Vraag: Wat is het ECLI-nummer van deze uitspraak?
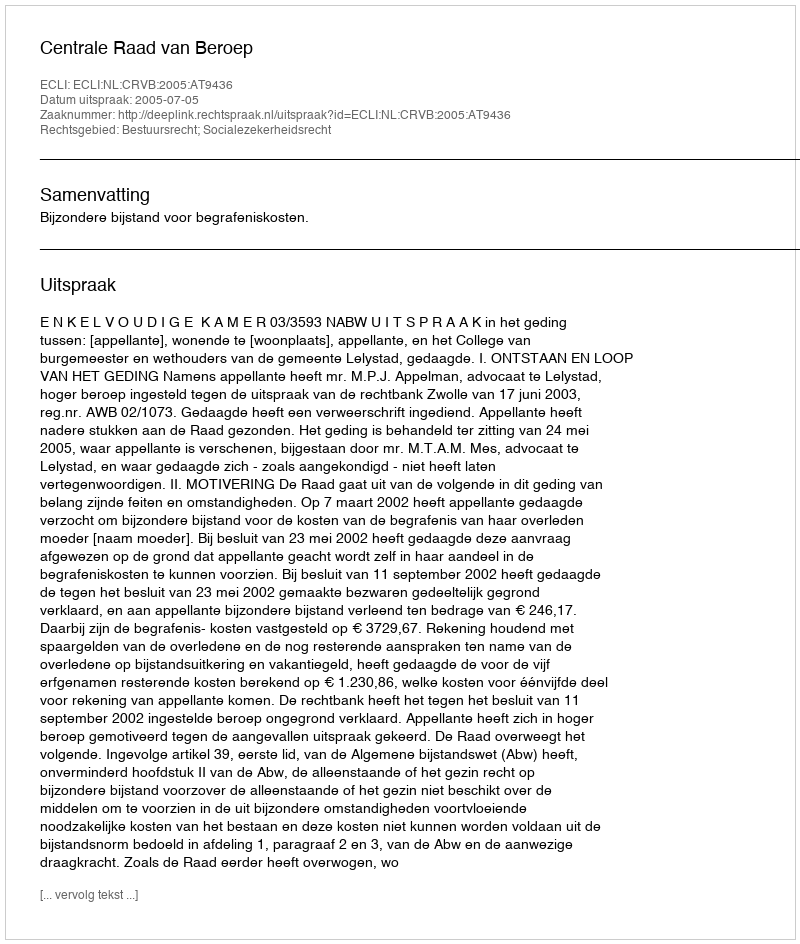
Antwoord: ECLI:NL:CRVB:2005:AT9436